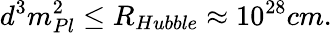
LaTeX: d^{3}m_{Pl}^{2}\leq R_{Hubble}\approx 10^{28}cm.